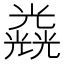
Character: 𠓉